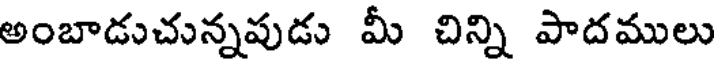
అంబాడుచున్నపుడు మీ చిన్ని పాదములు